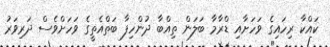
ކައްކާ ރިހައިގެ ވަހަށާއި ޑްރާމާ ބަލަން ތިއްބާ ދުންހިފާ ބަތްއެތީގެ ވަހަށްވެސް ދަރިވަރު